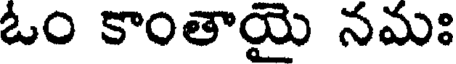
ఓం కాంతాయై నమః